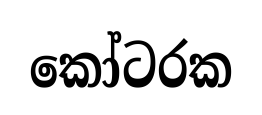
කෝටරක